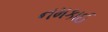
નમકાઈ